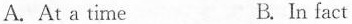
A.At a time B. In fact